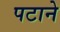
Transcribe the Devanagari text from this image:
पटाने